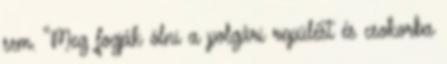
sem. “Meg fogják ölni a polgári repülést és csokorba